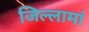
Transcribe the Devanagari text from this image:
जिल्लामां